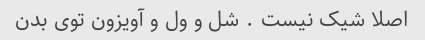
اصلا شیک نیست ‌. شل و ول و آویزون توی بدن